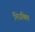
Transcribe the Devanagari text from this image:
निउक्ति